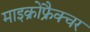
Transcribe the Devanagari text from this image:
माइक्रोफ्रैक्चर